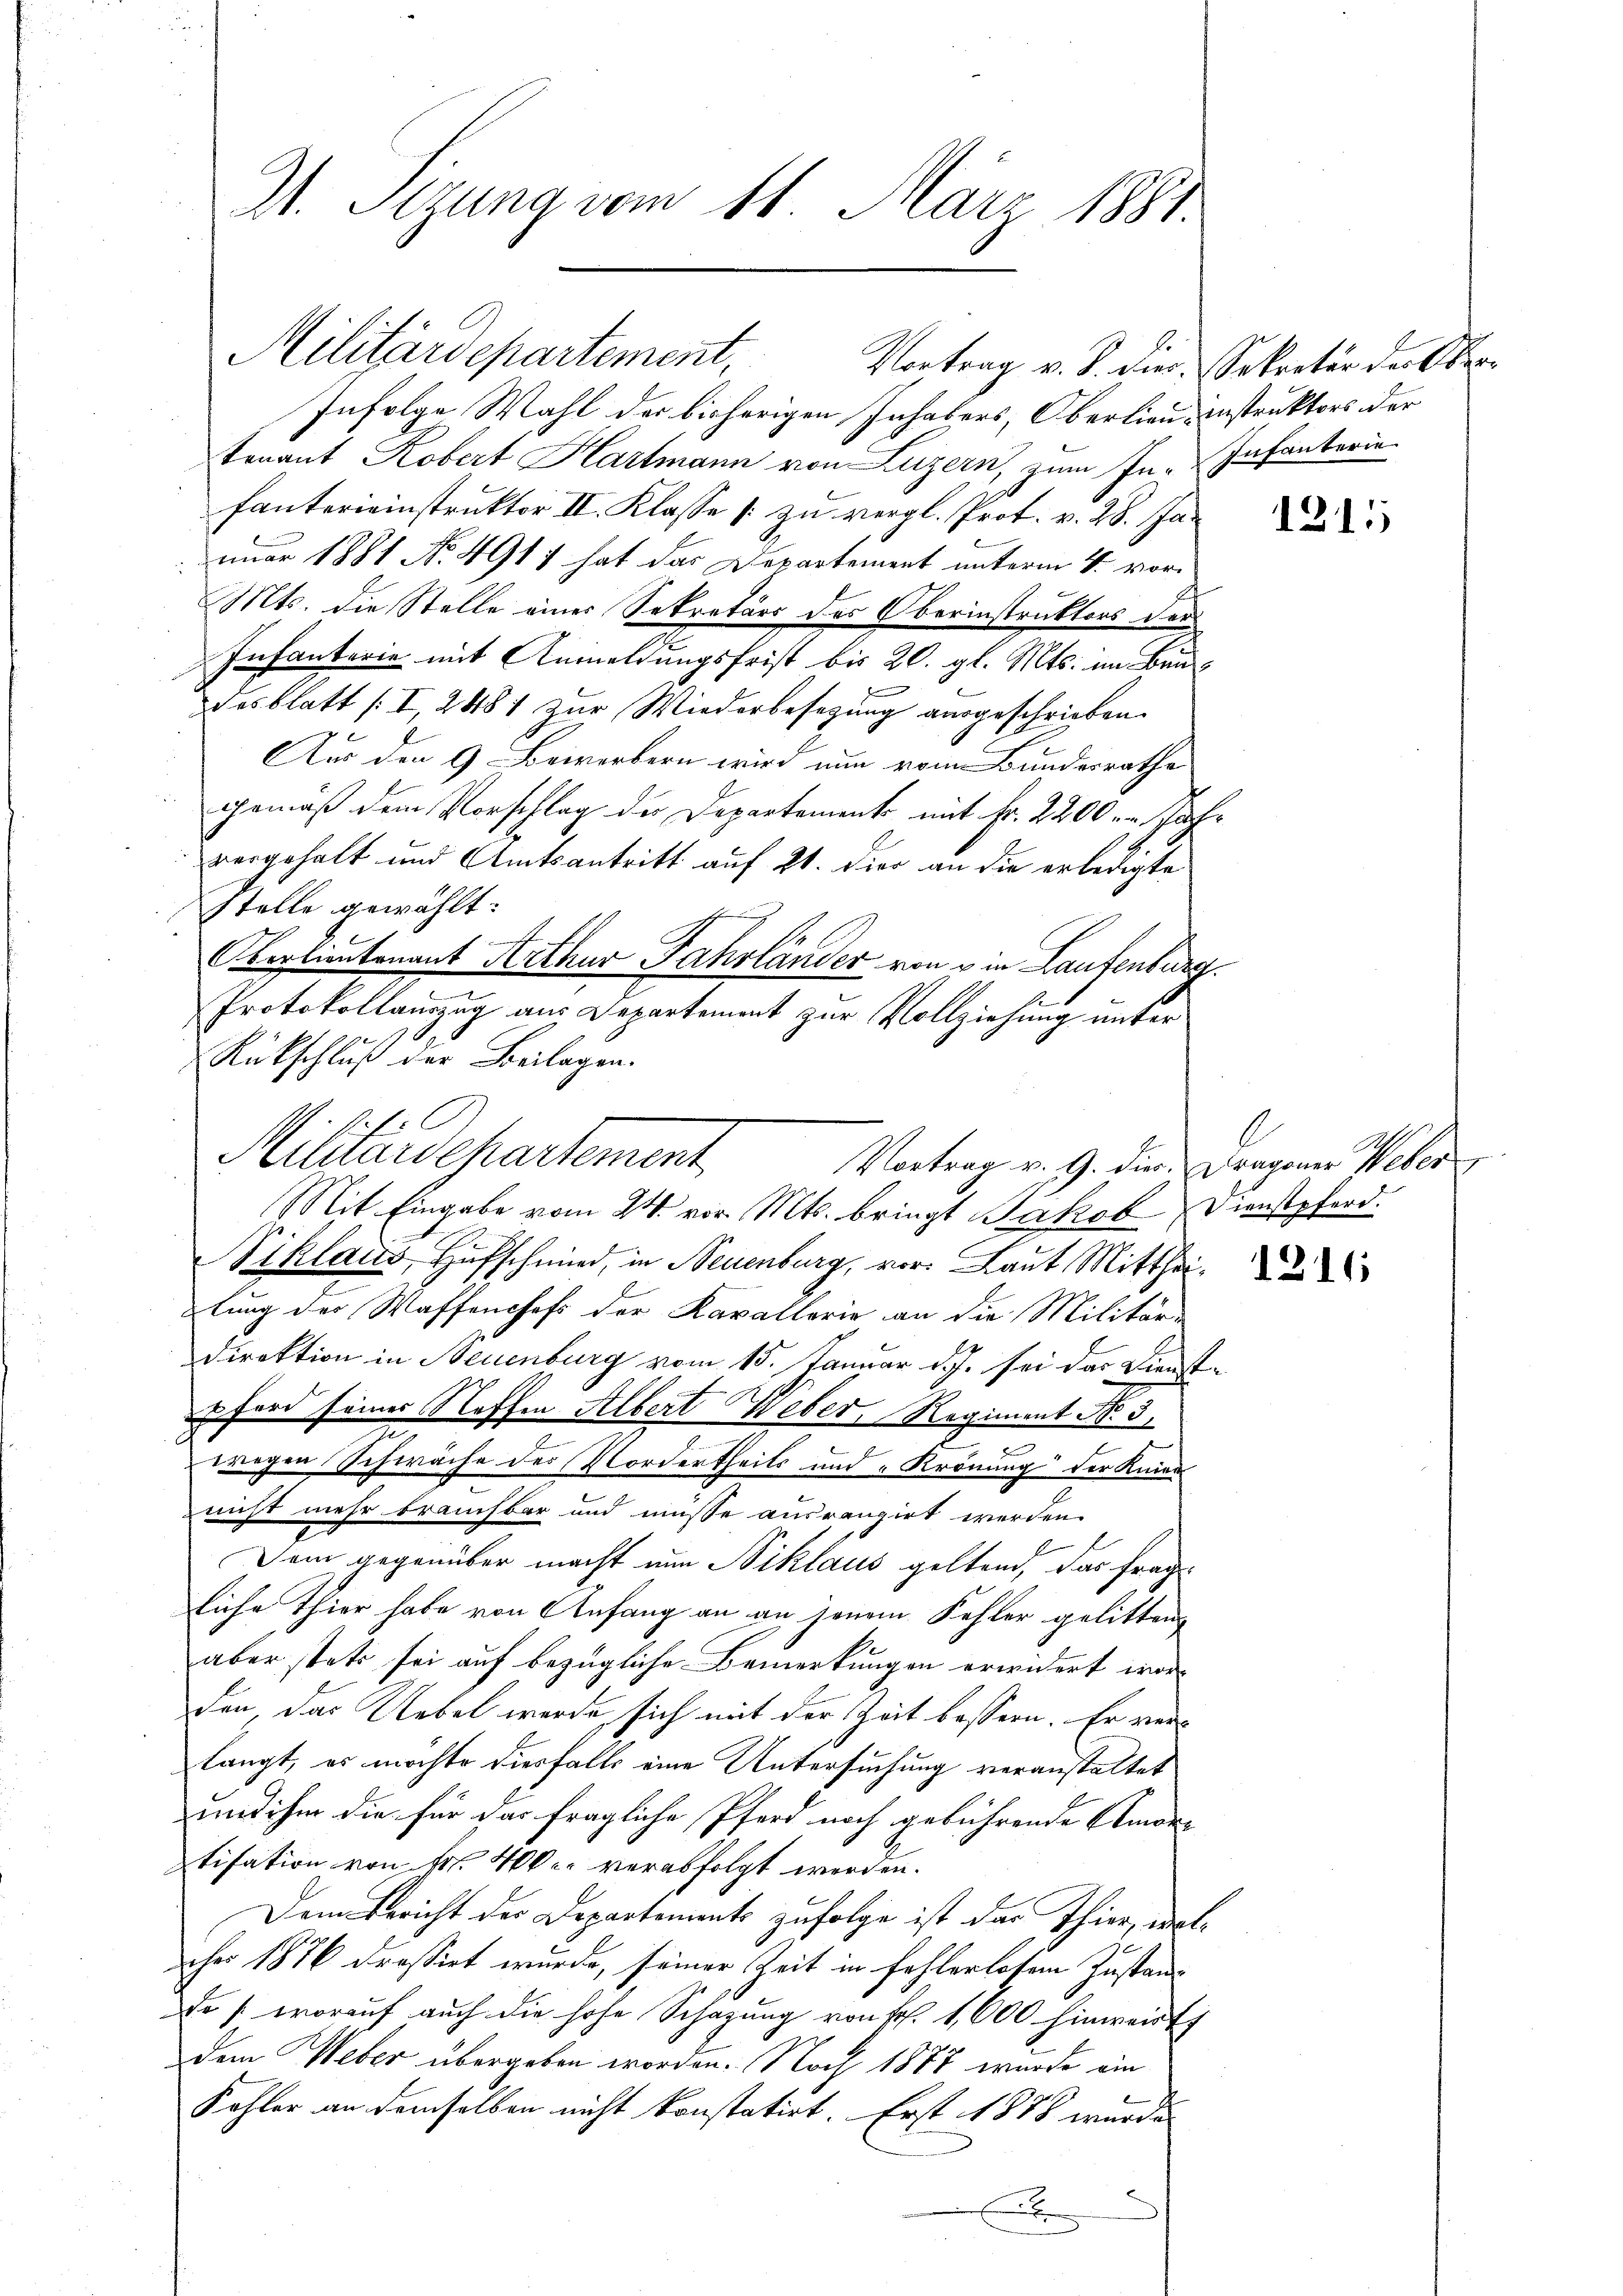
21. Sizung vom 11. März 1881.

1.O

Infolge Wahl der bisherigen Inhabers, Oberlieu, instruktors der
tenant Robert Hartmann von Luzern, zum In-Infanterie
fanterieinstruktor II. Klasse [zu vergl. Prot. v. 28. Januar 1881 No 4917 hat das Departement unterm 4. vor¬
Mts. die Stelle eines Sekretärs des Oberinstruktors der
Infanterie mit Anmeldungsfrist bis 20. gl. Mts. im Benf
desblatt (I, 2481 zur Wiederbesetzung ausgeschrieben.
Aus den 9 Bewerbern wird nun von Bunderrathe
gemäß dem Vorschlag der Departement mit Fr. 2200. Jahvorgehalt und Amtsantritt auf 21. die an die erledigte
Stelle gewählt:
c
Oberlieutenant Perthur Fahrländer von ein Laufenburg.
.
Protokollauszug aus Departement zur Vollziehung unter
x
Rückschluß der Beilagen.
Militärdepartement
Mit Eingabe vom 24. vor. Mts. bringt Jakob Dienstpferd.
Siklaus Hufschmied, in Neuenburg, vor. Laut Mittheilung des Waffenchefs der Kavallerie an die Militär-
Direktion in Neuenburg vom 15. Januar d.J. sei das Dienst-
r ford seiner Stoffen Albert Weber, Regiment N. 3.
e
wegen Schwäche der Nordertheils und Krönung der Knien
nicht mehr brauchbar und müsse ausrangirt werden.
Dem gegenüber macht nun Niklaus geltend, das fragliche Thier habe von Anfang an an jenem Fehler gelitten
aber stets sei auf bezügliche Bemerkungen erwidert worden, das Uebel werde, sich mit der Zeit bessern. Er verlangt, es möchte diesfalls eine Untersuchung veranstattet
und ihm die für das fragliche Pferd noch gebührende Amor-
tisation von Nr. 400 c. verabfolgt werden.
Dem Bericht des Departements zufolge ist das Thier, welcher 1876 dressirt wurde, seiner Zeit in fehlerlosem Zustand
De / worauf auch die hohe Schazung von Fr. 1,600 hinweist
dem Weber übergeben worden. Noch 1877 wurde ein
Kohler an demselben nicht konstatirt. Erst 1878 wurde
x

Militärdepartement. Vortrag v. J. die Sekreter der Ober¬

Vortrag v. 9. dir. Dragoner Weber

1211

1216